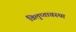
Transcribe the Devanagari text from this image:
विलुप्‍तावस्‍था